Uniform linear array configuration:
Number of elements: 48
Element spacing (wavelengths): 0.25
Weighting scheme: exponential
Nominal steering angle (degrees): -15
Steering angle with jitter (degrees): -13.515
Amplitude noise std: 0.05
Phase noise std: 0.05

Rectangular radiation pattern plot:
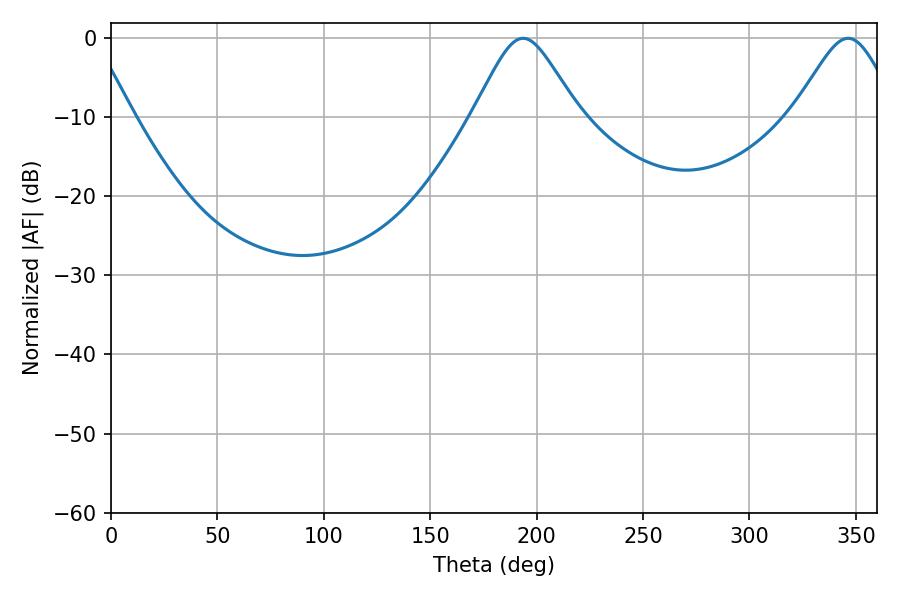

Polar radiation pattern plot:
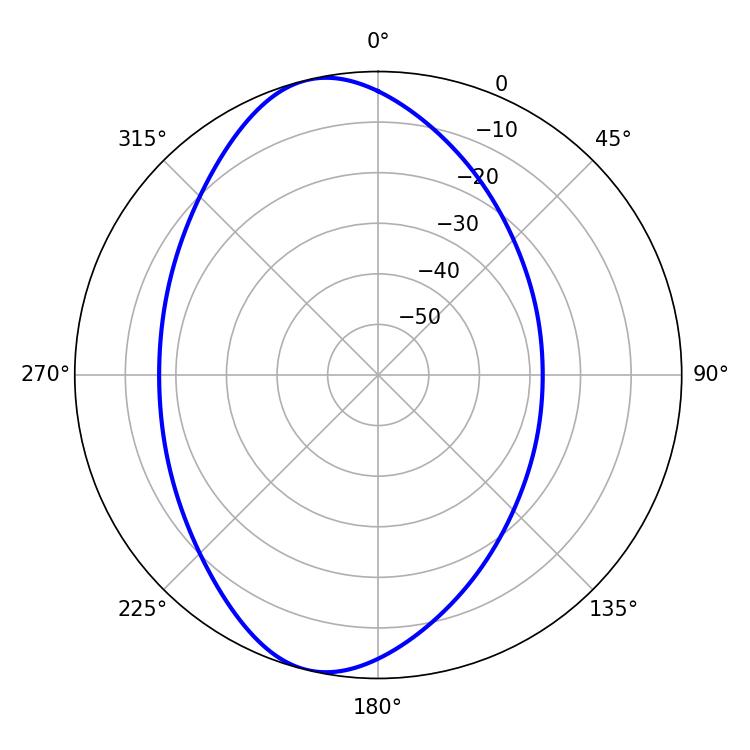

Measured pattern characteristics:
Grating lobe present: FALSE
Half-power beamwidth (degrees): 23.94
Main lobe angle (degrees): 193.68